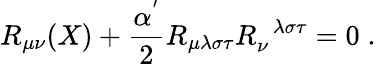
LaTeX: R_{\mu\nu}(X)+\frac{\alpha^{'}}{2}R_{\mu\lambda\sigma\tau}R_{\nu}^{\; \; \lambda\sigma\tau}=0\; .